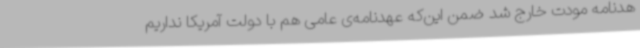
هدنامه مودت خارج شد ضمن این‌که عهدنامه‌ی عامی هم با دولت آمریکا نداریم